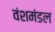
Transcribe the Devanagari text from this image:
वंशमंडल